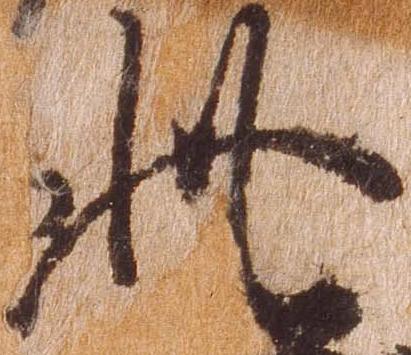
此